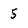
Character: 5